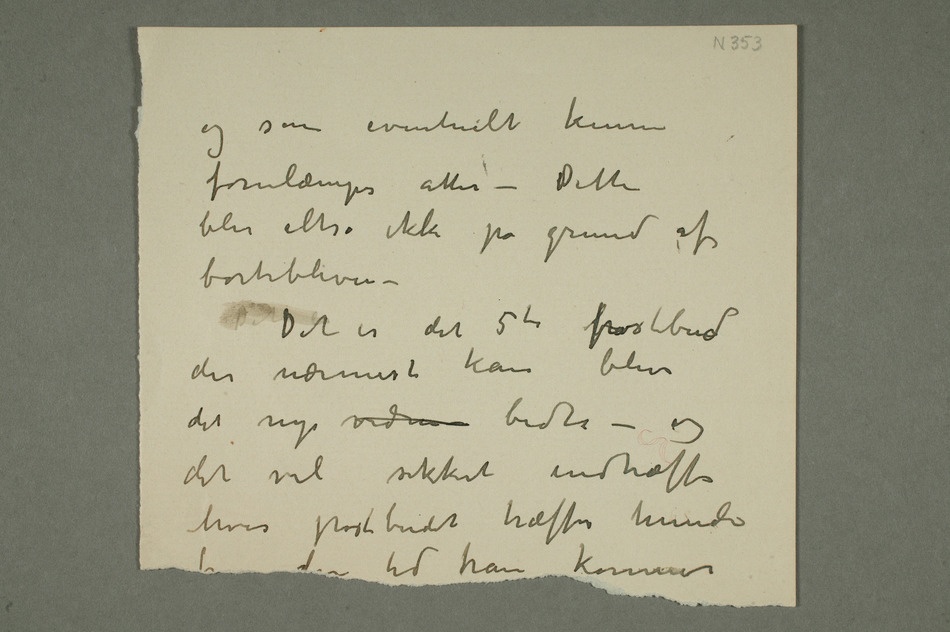
og som eventuelt kunne
forulæmpes atter – Dette
blir altså ikke på grund af
bortebliven –
Det erDet er det 5te bpostbud
der nærmest kan blive
det nye vidne bidte – og
det vil sikkert indtræffe
hvis postbudet træffer hunden